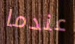
عندما